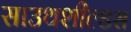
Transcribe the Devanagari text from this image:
साउथशील्डस